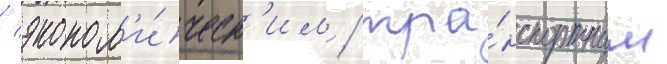
/ эконом'и́ческ'им / тра́нспортным